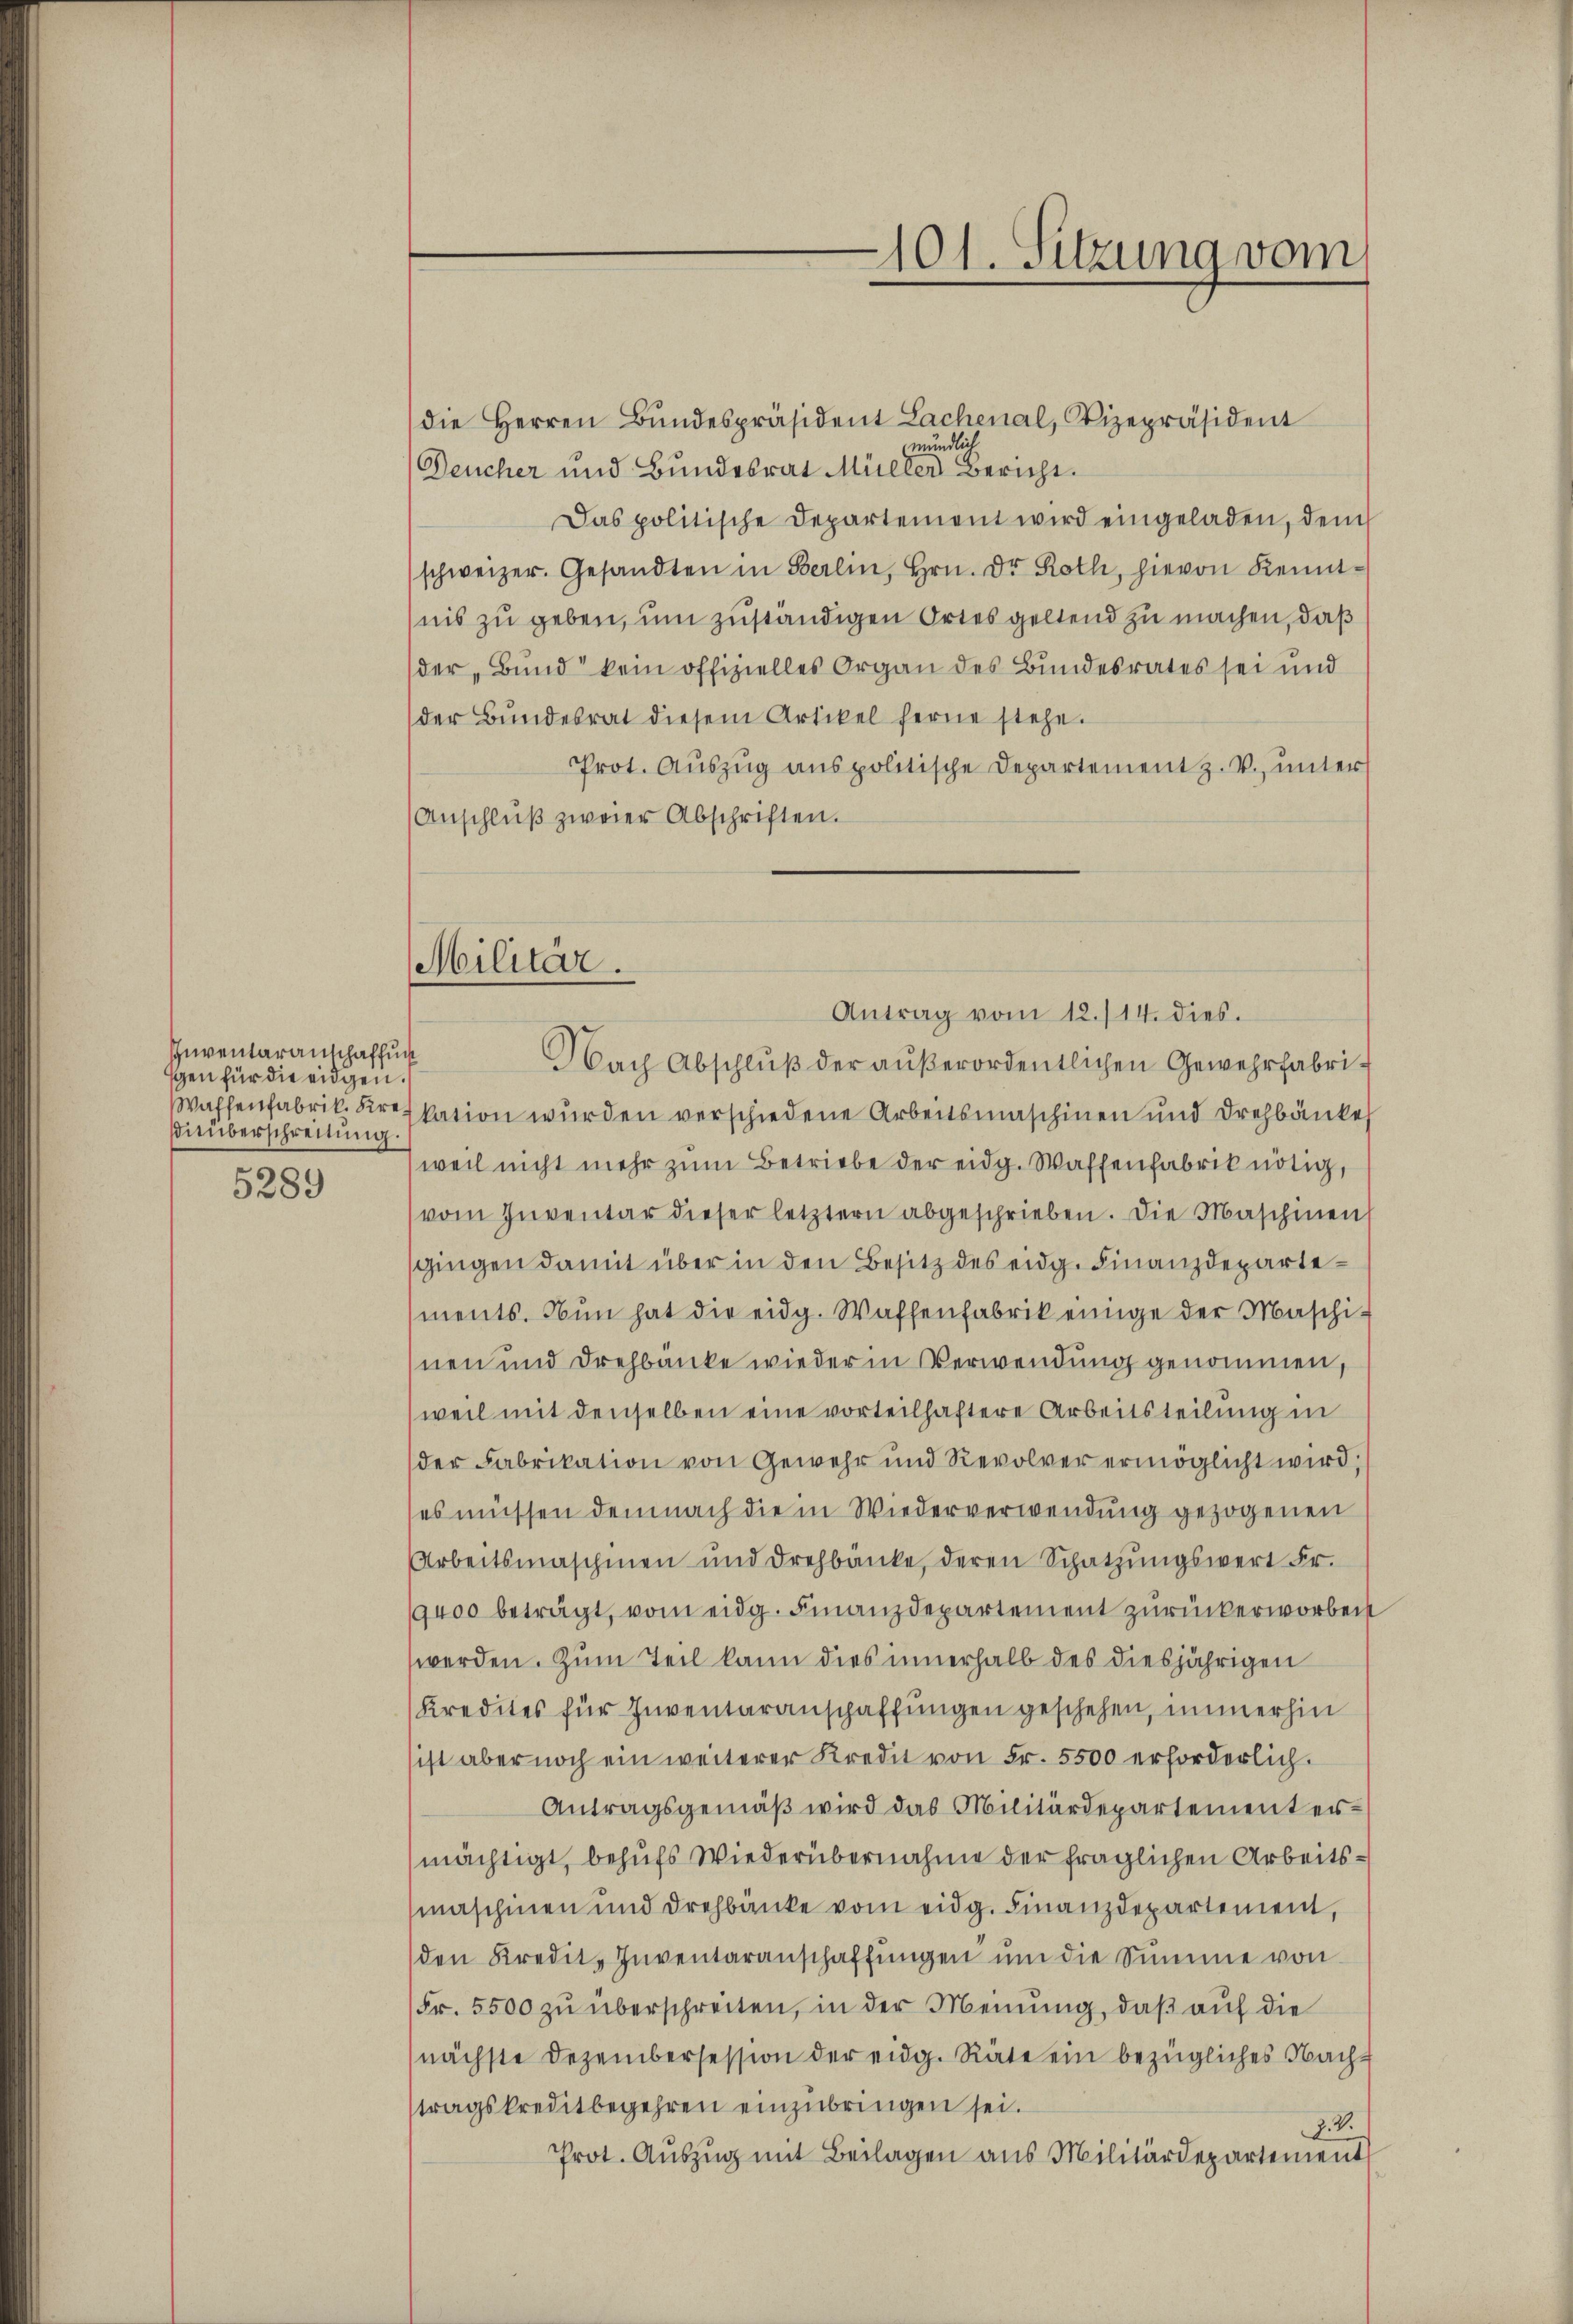
Inventaranschaffung
sen für die eidgen.
Waffenfabrik. Kre
iüberschreitung.
5289

die Herren Bŭndespräsident Lachenal, Vizepräsident
mündlich
Deucher und Bundesrat Müller Bericht.
Das politische Departement wird eingeladen, dem
schweizer. Gesandten in Berlin, Hrn. Dr Roth, hievon Kennt-
nis zu geben, um zuständigen Ortes geltend zu machen, daß
der „Bund“ kein offizielles Organ des Bundesrates sei und
der Bŭndesrat diesem Artikel ferne stehe.
Prot. Auszug anspolitische Departement z. V., unter
Anschlŭβ zweier Abschriften.
kation wurden verschiedene Arbeitsmaschinen und drehbänke
weil nicht mehr zŭm Betriebe der eidg. Waffenfabrik nötig,
vom Inventar dieser letztern abgeschrieben. Die Maschinen
sgingen damit über in den Besitz des eidg. Finanzdepartements. Nun hat die eidg. Waffenfabrik einige der Maschi-
nen und Drehbänke wieder in Verwendung genommen
weil mit denselben eine vorteilhaftere Arbeitsteilung in
der Fabrikation von Gewehr und Revolver ermöglicht wird;
es müssen demnach die in Wiederverwendung gezogenen
Arbeitsmaschinen und drehbänke, deren Schatzŭngswert Fr.
19400 beträgt, vom eidg. Finanzdepartement zurückerworbeit
werden. Zum Teil kann dies innerhalb des diesjährigen
Kredites für Inventaranschaffungen geschehen, immerhin
sist aber noch ein weiterer Kredit von Fr. 5500 erforderlich.
Antragsgemäβ wird das Militärdepartement ermächtigt, behufs Wiederübernahme der fraglichen Arbeitsmaschinen und drehbänke vom eidg. Finanzdepartement,
den Kredit Inventaranschaffŭngen ŭm die Summe von
Fr. 5500 zŭ überschreiten, in der Meinung, daß auf die
(nächste Dezembersession der eidg. Räte ein bezügliches Nachtragskreditbegehren einzubringen sei.
2.2.
Prot. Aŭszŭg mit Beilagen aus Militärdepartement

101. Sitzung vom

Militär.
Antrag vom 12./14. dies.
Nach Abschlŭβ der aŭβerordentlichen Gewehrfabrit